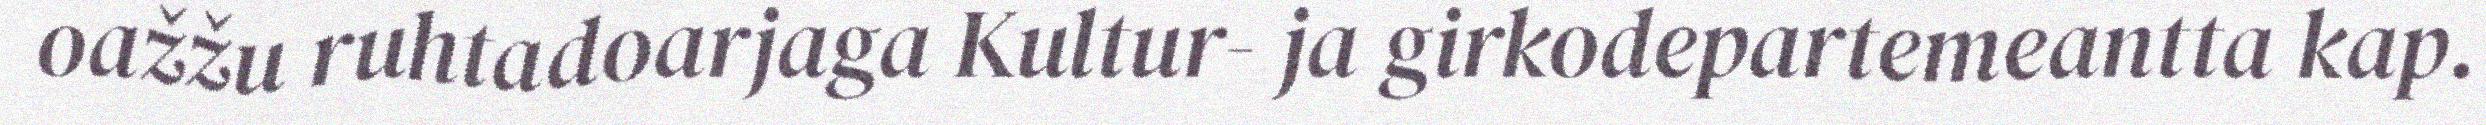
oažžu ruhtadoarjaga Kultur- ja girkodepartemeantta kap.